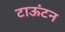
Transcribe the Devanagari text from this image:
टाऊंटन